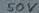
Text: 50V